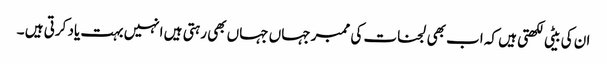
ان کی بیٹی لکھتی ہیں کہ اب بھی لجنات کی ممبر جہاں جہاں بھی رہتی ہیں انہیں بہت یاد کرتی ہیں ۔